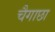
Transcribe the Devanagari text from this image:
चैगाछा